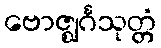
ဗောဇ္ဈင်္ဂသုတ္တံ